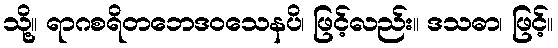
သို့။ ရာဂစရိတဘေဒဝသေနပိ၊ ဖြင့်လည်း။ ဒသဓာ၊ ဖြင့်။